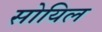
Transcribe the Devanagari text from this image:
सोयिल